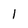
Character: l